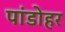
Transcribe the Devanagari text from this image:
पांडोहर